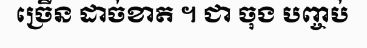
ច្រើន ដាច់ខាត ។ ជា ចុង បញ្ចប់